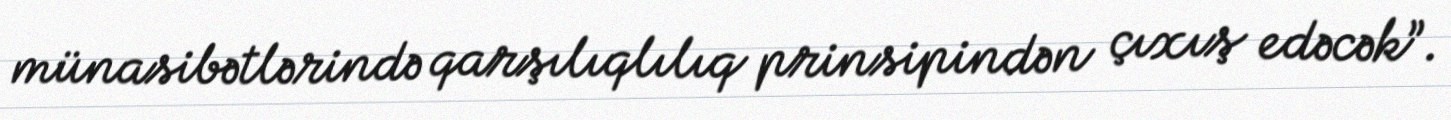
münasibətlərində qarşılıqlılıq prinsipindən çıxış edəcək”.